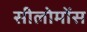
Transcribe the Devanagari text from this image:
सीलोमोंस